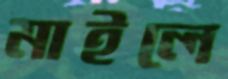
মাইলে